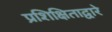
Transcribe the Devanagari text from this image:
प्रशिक्षिताद्वारे